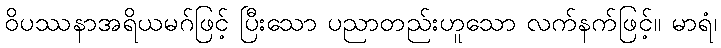
ဝိပဿနာအရိယမဂ်ဖြင့် ပြီးသော ပညာတည်းဟူသော လက်နက်ဖြင့်။ မာရံ၊